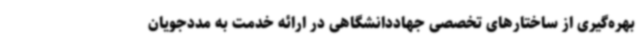
بهره‌گیری از ساختارهای تخصصی جهاددانشگاهی در ارائه خدمت به مددجویان